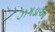
ઝગડાઓ